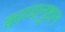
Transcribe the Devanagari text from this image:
काव्यानुष्ठान